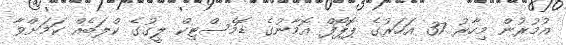
އުމުރުން މިހާރު 37 އަހަރުގެ ޕޮޕޯފް އޮމާނުގެ ޑޮމެސްޓިކް ލީގުގެ ކްލަބެއް ކަމަށްވާ